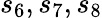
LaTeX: s_{6},s_{7},s_{8}